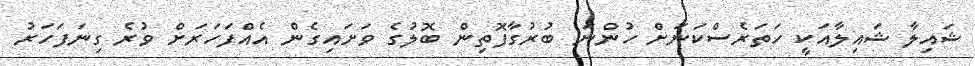
ޝައިލާ ޝައިލާއަކީ ހަތަރެސްކަނަށް ހުންނަ ބުރުގާފޮތިން ބޮލުގެ ވަށައިގެން އެއްފަހަރަށް ވުރެ ގިނަފަހަރު